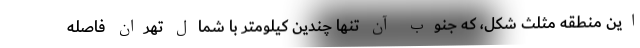
این منطقه مثلث شکل، که جنوب آن تنها چندین کیلومتر با شمال تهران فاصله